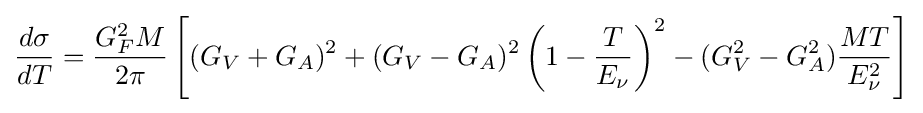
{\frac {d\sigma }{dT}}={\frac {G_{F}^{2}M}{2\pi }}\left[(G_{V}+G_{A})^{2}+(G_{V}-G_{A})^{2}\left(1-{\frac {T}{E_{\nu }}}\right)^{2}-(G_{V}^{2}-G_{A}^{2}){\frac {MT}{E_{\nu }^{2}}}\right]